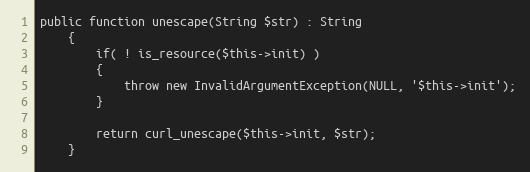
Language: PHP
public function unescape(String $str) : String
    {
        if( ! is_resource($this->init) )
        {
            throw new InvalidArgumentException(NULL, '$this->init');
        }

        return curl_unescape($this->init, $str);
    }